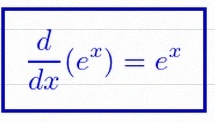
\frac{d}{dx}(e^x)=e^x